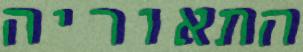
התאוריה